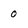
Character: 0